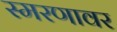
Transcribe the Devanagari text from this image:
स्मरणावर